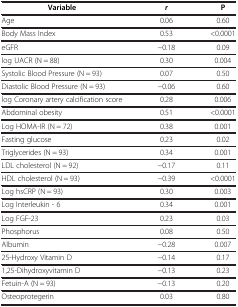
<table><thead><tr><td><b>Variable</b></td><td><b><i>r</i></b></td><td><b>P</b></td></tr></thead><tbody><tr><td>Age</td><td>0.06</td><td>0.60</td></tr><tr><td>Body Mass Index</td><td>0.53</td><td>&lt;0.0001</td></tr><tr><td>eGFR</td><td>−0.18</td><td>0.09</td></tr><tr><td>log UACR (N = 88)</td><td>0.30</td><td>0.004</td></tr><tr><td>Systolic Blood Pressure (N = 93)</td><td>0.07</td><td>0.50</td></tr><tr><td>Diastolic Blood Pressure (N = 93)</td><td>−0.06</td><td>0.60</td></tr><tr><td>log Coronary artery calcification score</td><td>0.28</td><td>0.006</td></tr><tr><td>Abdominal obesity</td><td>0.51</td><td>&lt;0.0001</td></tr><tr><td>Log HOMA-IR (N = 72)</td><td>0.38</td><td>0.001</td></tr><tr><td>Fasting glucose</td><td>0.23</td><td>0.02</td></tr><tr><td>Triglycerides (N = 93)</td><td>0.34</td><td>0.001</td></tr><tr><td>LDL cholesterol (N = 92)</td><td>−0.17</td><td>0.11</td></tr><tr><td>HDL cholesterol (N = 93)</td><td>−0.39</td><td>&lt;0.0001</td></tr><tr><td>Log hsCRP (N = 93)</td><td>0.30</td><td>0.003</td></tr><tr><td>Log Interleukin - 6</td><td>0.34</td><td>0.001</td></tr><tr><td>Log FGF-23</td><td>0.23</td><td>0.03</td></tr><tr><td>Phosphorus</td><td>0.08</td><td>0.50</td></tr><tr><td>Albumin</td><td>−0.28</td><td>0.007</td></tr><tr><td>25-Hydroxy Vitamin D</td><td>−0.14</td><td>0.17</td></tr><tr><td>1,25-Dihydroxyvitamin D</td><td>−0.13</td><td>0.23</td></tr><tr><td>Fetuin-A (N = 93)</td><td>−0.13</td><td>0.20</td></tr><tr><td>Osteoprotegerin</td><td>0.03</td><td>0.80</td></tr></tbody></table>